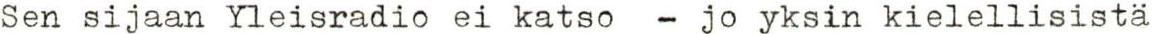
Sen sijaan Yleisradio ei katso - jo yksin kielellisistä